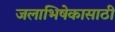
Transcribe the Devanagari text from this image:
जलाभिषेकासाठी